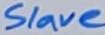
Text: Slave